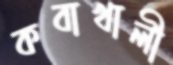
কবাখালী